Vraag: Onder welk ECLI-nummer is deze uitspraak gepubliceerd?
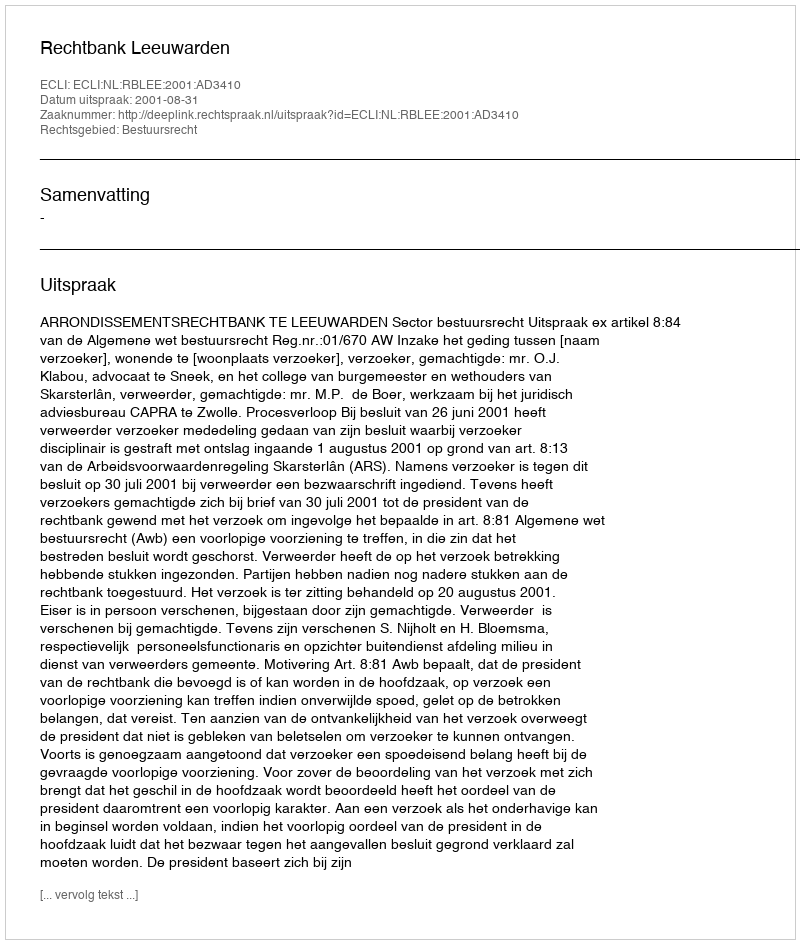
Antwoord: ECLI:NL:RBLEE:2001:AD3410